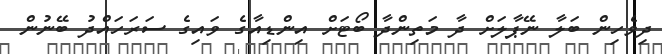
ދިވެހިން ބަލާ ނޭޕާލަށް ދާ މަތިންދާ ބޯޓަށް އިންޑިއާގެ ވައިގެ ސަރަހައްދު ބޭނުން